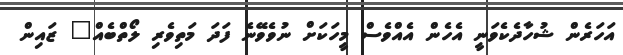
އަހަރެން ޝުހާދެކެވަނީ އެހެން އެއްވެސް މީހަކަށް ނުވެވޭނެ ފަދަ މަތިވެރި ލޯތްބެއް" ޒައިން